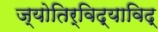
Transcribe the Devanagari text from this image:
ज्योतिर्विद्याविद्